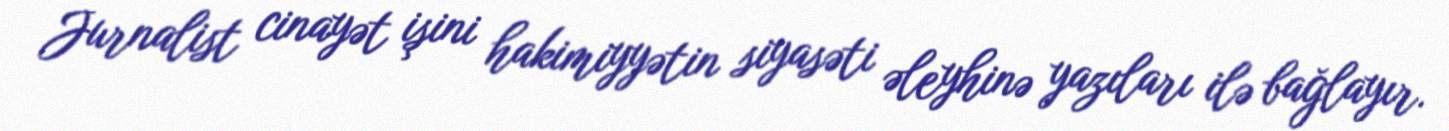
Jurnalist cinayət işini hakimiyyətin siyasəti əleyhinə yazıları ilə bağlayır.